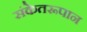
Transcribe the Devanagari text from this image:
संकेतरूपान